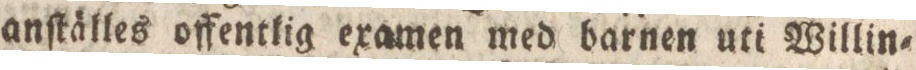
anſtälles offentlig examen med barnen uti Willin=